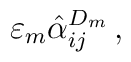
\varepsilon_m \hat\alpha^{D_m}_{ij} \, ,